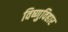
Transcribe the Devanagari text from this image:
विष्णुविहार